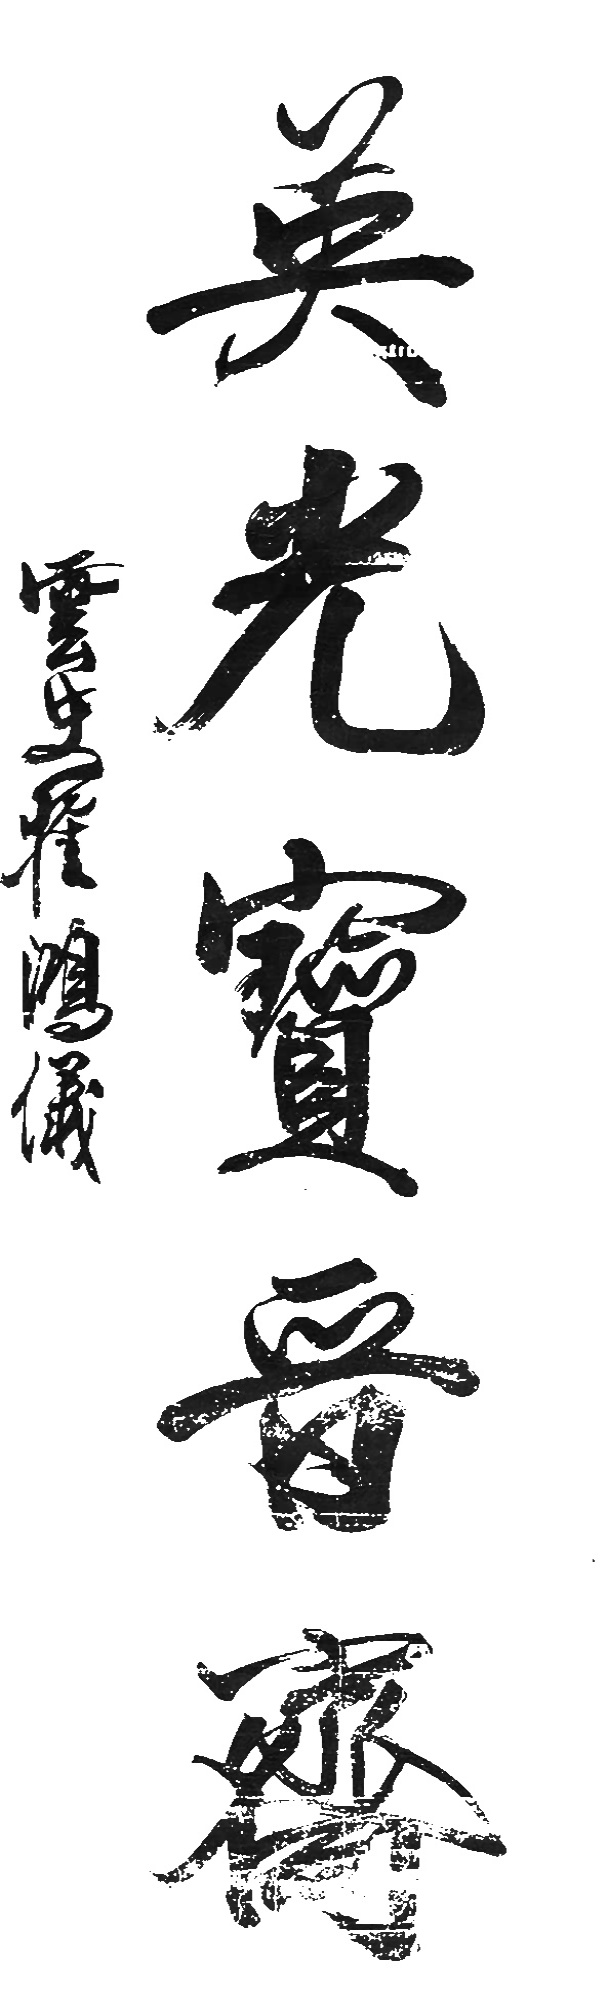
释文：清写本翟鸿仪印、云史